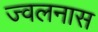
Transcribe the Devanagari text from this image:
ज्वलनास